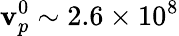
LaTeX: \mathbf{v}_{p}^{0}\sim 2.6\times 10^{8}